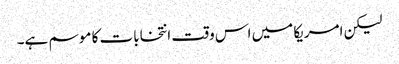
لیکن امریکا میں اس وقت انتخابات کا موسم ہے۔